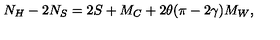
N _ { H } - 2 N _ { S } = 2 S + M _ { C } + 2 \theta ( \pi - 2 \gamma ) M _ { W } ,